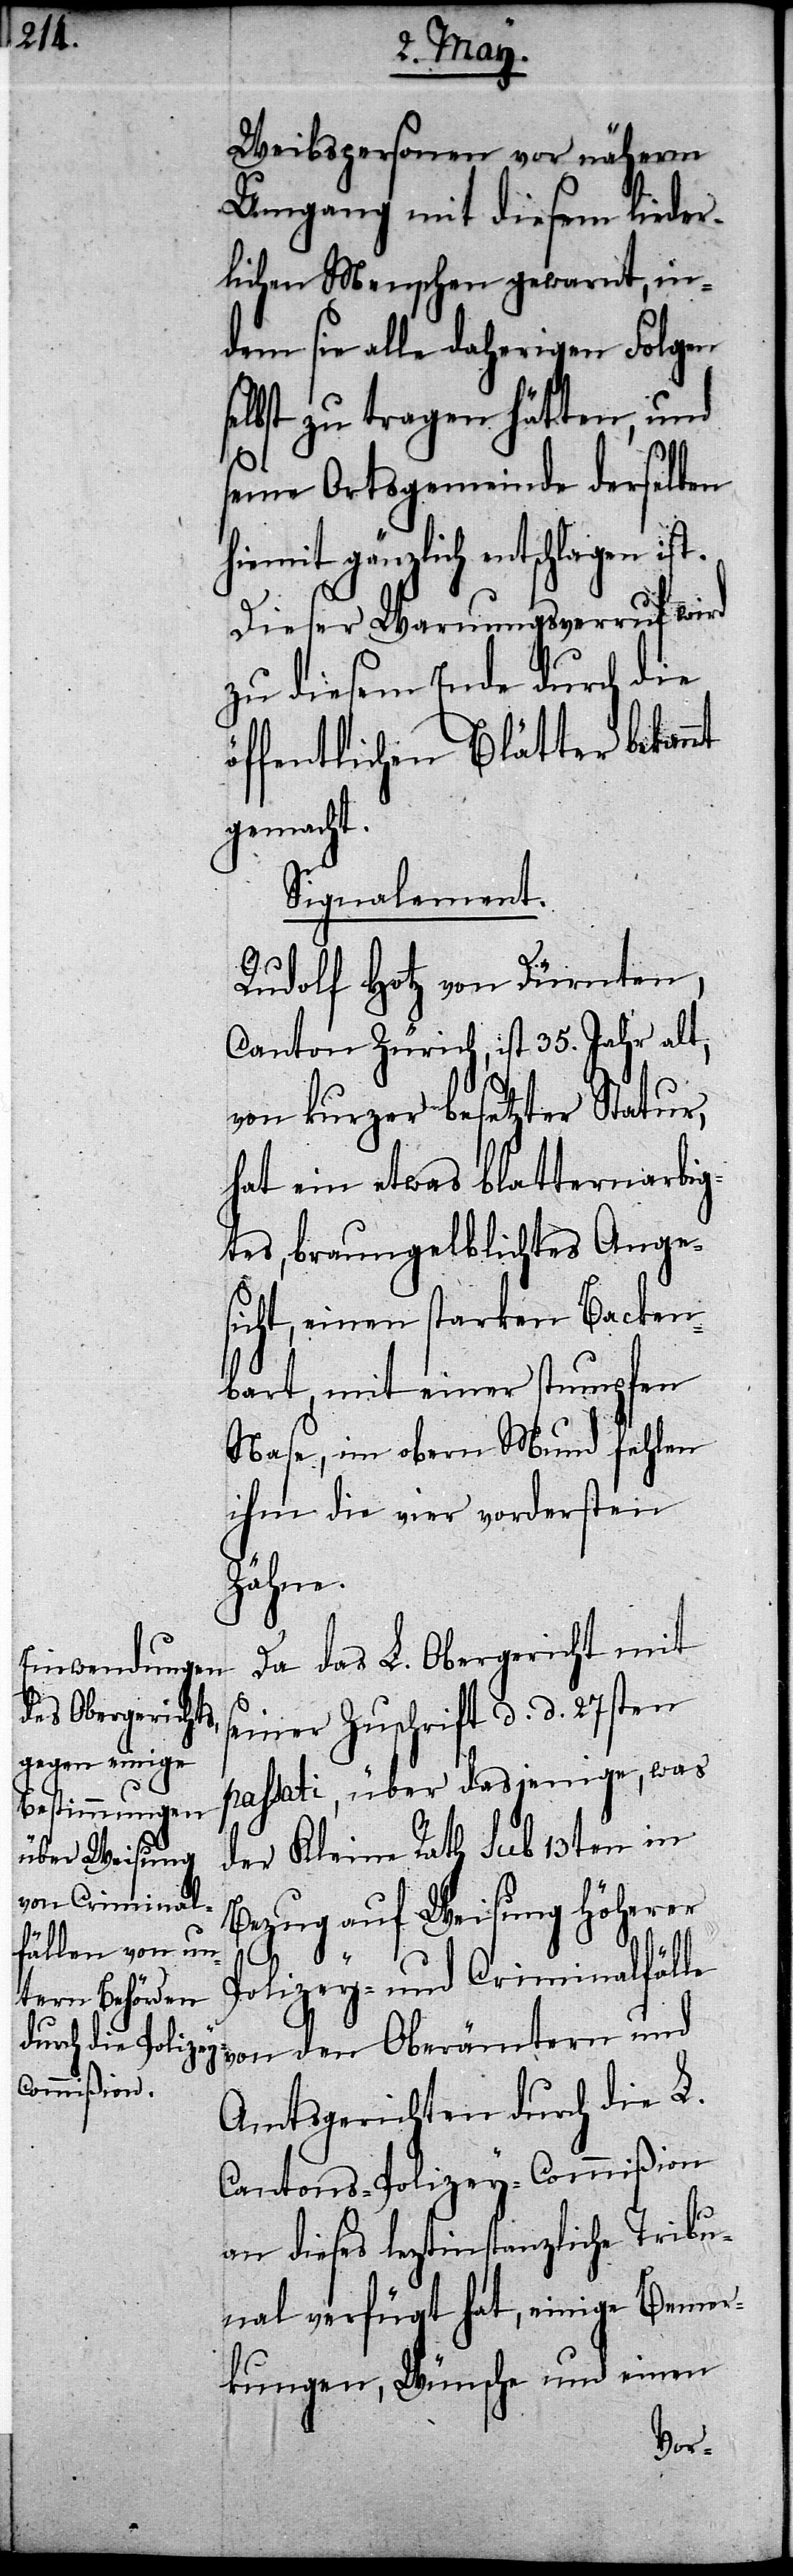
Weibspersonen vor näherm
Umgang mit diesem lieder¬
lichen Menschen gewarnt, in¬
dem sie alle daherigen Folgen
selbst zu tragen hätten, und
seine Ortsgemeinde derselben
hiemit gänzlich entschlagen ist.
Dieser Warnungsverruf wird
zu diesem Ende durch die
öffentlichen Blätter bekan¬
gemacht.
Signalement.
Rudolf Hotz von Dürnten,
Canton Zürich, ist 35. Jahr alt,
von kurzer besetzter Statur,
hat ein etwas blatternnarbig¬
tes, braungelbliches Ange¬
sicht, einen starken Backen¬
bart, mit einer stumpfen
Nase, im obern Mund fehlen
ihm die vier vordersten
Zähne.
Da das L. Obergericht mit
seiner Zuschrift d. d. 27sten
passati, über dasjenige, was
der Kleine Rath sub 13ten in
Bezug auf Weisung höherer
nt
Polizey- und Criminalfälle
von den Oberämtern und
Amtsgerichten durch die L.
Cantons-Polizey-Commißion
an dieses leztinstanzliche Tribu¬
nal verfügt hat, einige Bemer¬
kungen, Wünsche und einen